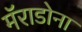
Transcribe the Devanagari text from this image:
मॅराडोना